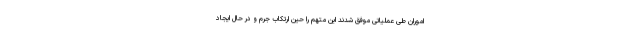
اموران طی عملیاتی موفق شدند این متهم را حین ارتکاب جرم و در حال ایجاد